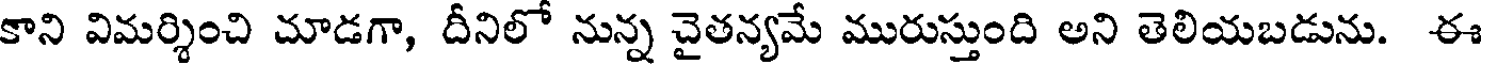
కాని విమర్శించి చూడగా, దీనిలో నున్న చైతన్యమే మురుస్తుంది అని తెలియబడును. ఈ